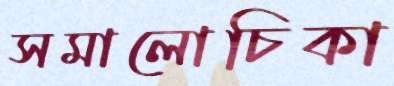
সমালোচিকা